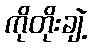
ကိုတိုးချဲ့